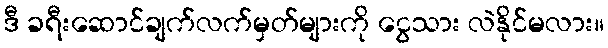
ဒီ ခရီးဆောင်ချက်လက်မှတ်များကို ငွေသား လဲနိုင်မလား။